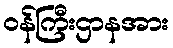
ဝန်ကြီးဌာနအား